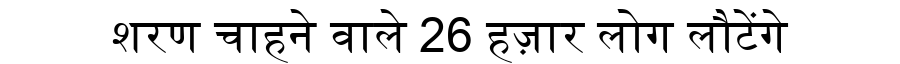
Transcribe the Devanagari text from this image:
शरण चाहने वाले 26 हज़ार लोग लौटेंगे